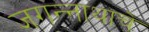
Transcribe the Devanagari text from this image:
जगन्‍नाथाचे